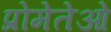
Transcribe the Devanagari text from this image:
प्रोमेतेओ